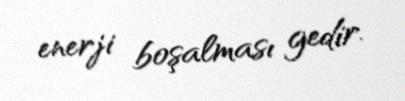
enerji boşalması gedir.